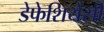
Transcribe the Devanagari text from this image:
डेफेशियेंसी